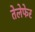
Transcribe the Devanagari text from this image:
तेलेफेर